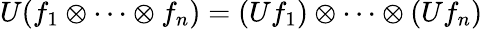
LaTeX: U(f_{1}\otimes\cdots\otimes f_{n})=(Uf_{1})\otimes\cdots\otimes(Uf_{n})